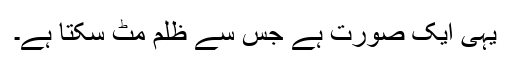
یہی ایک صورت ہے جس سے ظلم مٹ سکتا ہے۔